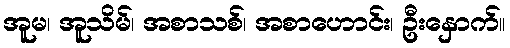
အူမ၊ အူသိမ်၊ အစာသစ်၊ အစာဟောင်း၊ ဦးနှောက်။